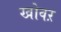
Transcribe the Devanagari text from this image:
खोवऱ